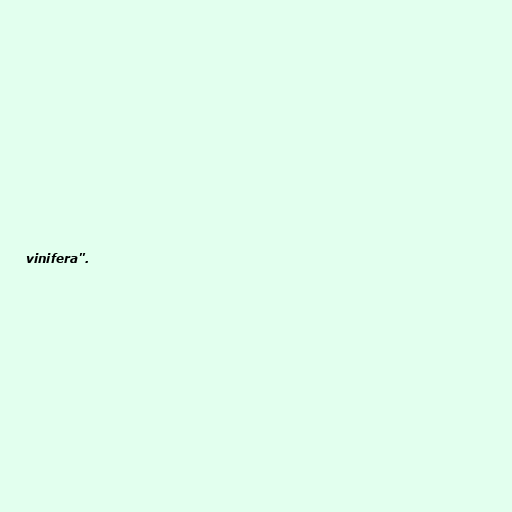
vinifera".